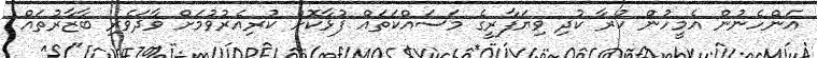
އަންހެނުން އެމީހުން ކުރާ ކުދި ވިޔަފާރީގެ މަސައްކަތައް ފުޅާކޮށް ކުރިއެރުވުމަށް ވާދަވެރި ބާޒާރުތައް